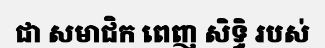
ជា សមាជិក ពេញ សិទ្ធិ របស់